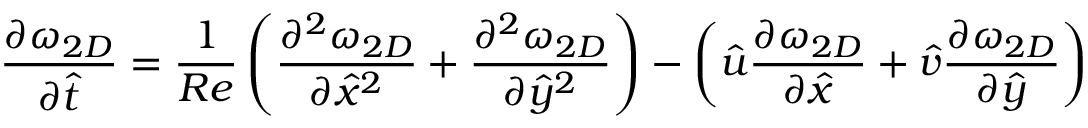
\frac { \partial \omega _ { 2 D } } { \partial \hat { t } } = \frac { 1 } { R e } \left( { \frac { \partial ^ { 2 } \omega _ { 2 D } } { \partial { \hat { x } } ^ { 2 } } + \frac { \partial ^ { 2 } \omega _ { 2 D } } { \partial { \hat { y } } ^ { 2 } } } \right) - \left( { \hat { u } \frac { \partial \omega _ { 2 D } } { \partial \hat { x } } + \hat { v } \frac { \partial \omega _ { 2 D } } { \partial \hat { y } } } \right)